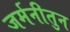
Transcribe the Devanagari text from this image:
जर्मनीतुन